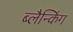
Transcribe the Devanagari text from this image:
ब्लैन्किंग